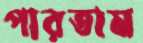
পারতাম